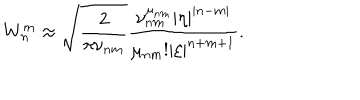
W _ { n } ^ { m } \approx \sqrt { \frac 2 { \pi \nu _ { n m } } } \frac { \nu _ { n m } ^ { \mu _ { n m } } | \eta | ^ { | n - m | } } { \mu _ { n m } ! | \xi | ^ { n + m + 1 } } .